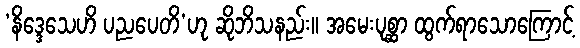
‘နိဒ္ဒေသေဟိ ပညပေတိ’ဟု ဆိုဘိသနည်း။ အမေးပုစ္ဆာ ထွက်ရာသောကြောင့်